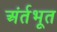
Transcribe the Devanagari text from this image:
अंर्तभूत